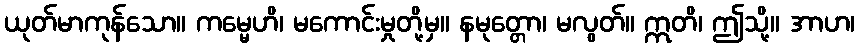
ယုတ်မာကုန်သော။ ကမ္မေဟိ၊ မကောင်းမှုတို့မှ။ နမုတ္တော၊ မလွတ်။ ဣတိ၊ ဤသို့။ အာဟ၊